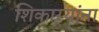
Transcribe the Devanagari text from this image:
शिकार्‍यांना